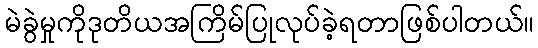
မဲခွဲမှုကိုဒုတိယအကြိမ်ပြုလုပ်ခဲ့ရတာဖြစ်ပါတယ်။